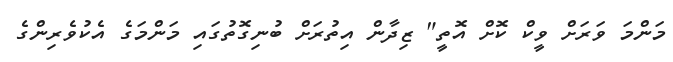
މަންމަ ވަރަށް ވީކް ކޮށް އޮތީ" ޒިދާން އިތުރަށް ބުނިގޮތުގައި މަންމަގެ އެކުވެރިންގެ